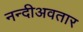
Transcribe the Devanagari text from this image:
नन्दीअवतार